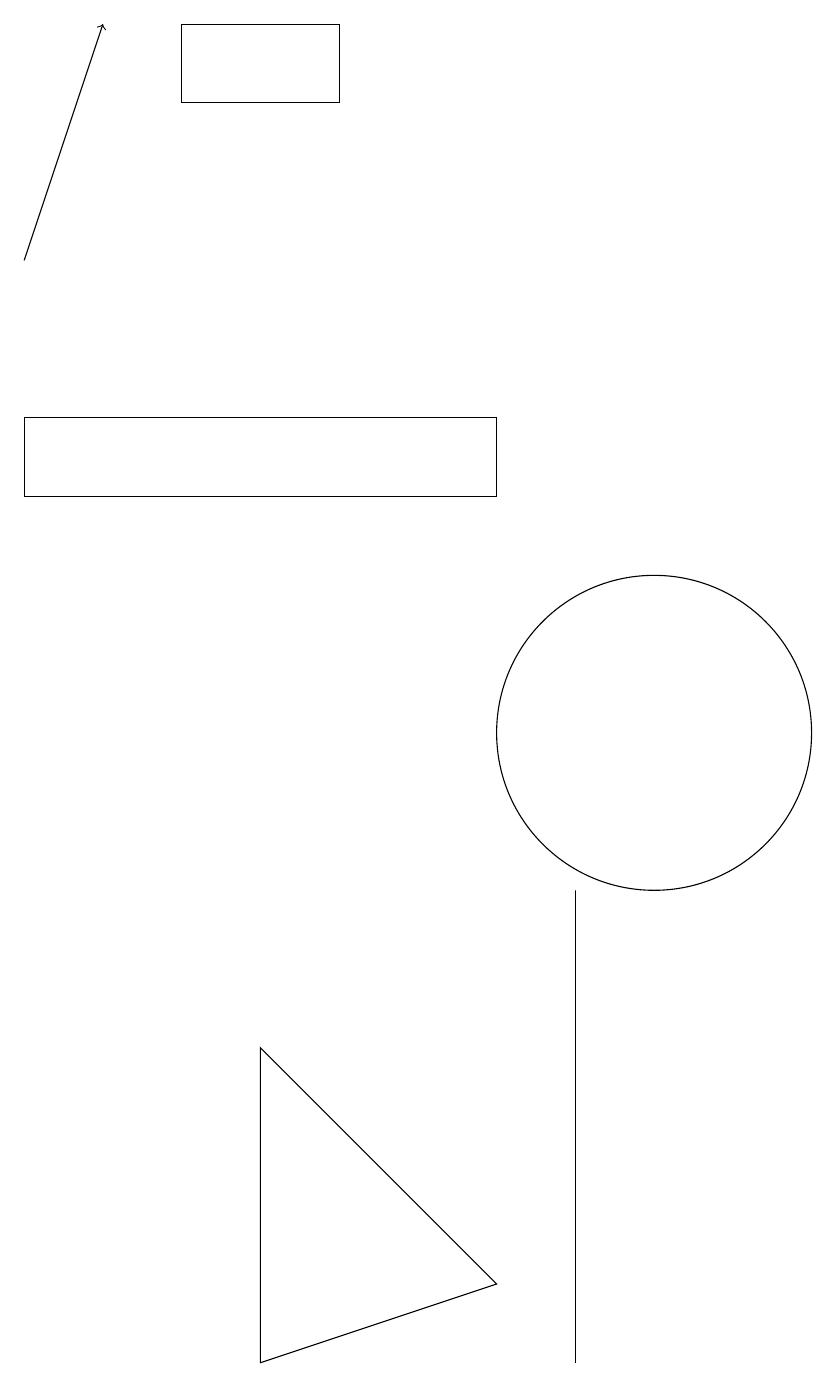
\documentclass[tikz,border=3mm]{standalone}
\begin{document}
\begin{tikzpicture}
\draw (8,3) -- (5,2) -- (5,6) -- cycle;
\draw (2,13) rectangle (8,14);
\draw[->] (2,16) -- (3,19);
\draw (6,18) rectangle (4,19);
\draw (9,8) -- (9,2) -- (9,2) -- cycle;
\draw (10,10) circle (2);
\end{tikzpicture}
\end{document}